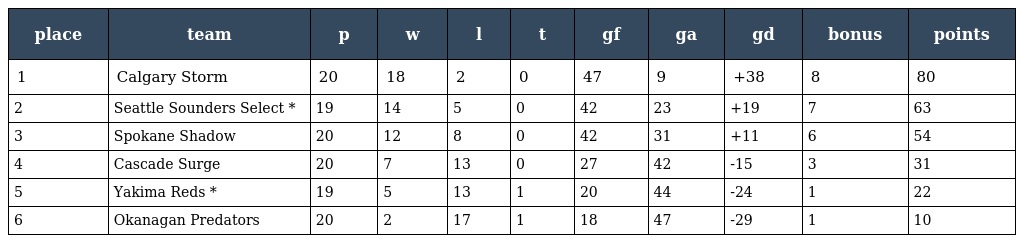
| place | team | p | w | l | t | gf | ga | gd | bonus | points |
 | --- | --- | --- | --- | --- | --- | --- | --- | --- | --- | --- |
 | 1 | Calgary Storm | 20 | 18 | 2 | 0 | 47 | 9 | +38 | 8 | 80 |
 | 2 | Seattle Sounders Select * | 19 | 14 | 5 | 0 | 42 | 23 | +19 | 7 | 63 |
 | 3 | Spokane Shadow | 20 | 12 | 8 | 0 | 42 | 31 | +11 | 6 | 54 |
 | 4 | Cascade Surge | 20 | 7 | 13 | 0 | 27 | 42 | -15 | 3 | 31 |
 | 5 | Yakima Reds * | 19 | 5 | 13 | 1 | 20 | 44 | -24 | 1 | 22 |
 | 6 | Okanagan Predators | 20 | 2 | 17 | 1 | 18 | 47 | -29 | 1 | 10 |